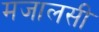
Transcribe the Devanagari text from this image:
मजालसी